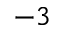
^ { - 3 }